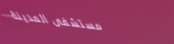
مستشفى المدينة